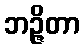
ဘဉ္ဇိတာ